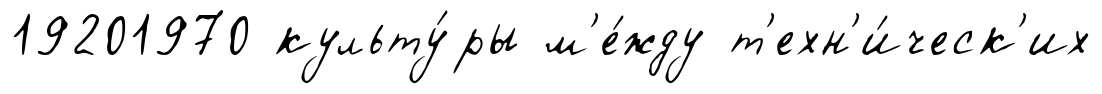
19201970 культу́ры м'е́жду т'ехн'и́ческ'их